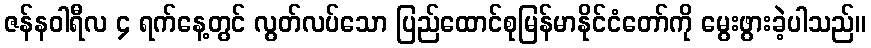
ဇန်နဝါရီလ ၄ ရက်နေ့တွင် လွတ်လပ်သော ပြည်ထောင်စုမြန်မာနိုင်ငံတော်ကို မွေးဖွားခဲ့ပါသည်။